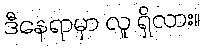
ဒီနေရာမှာ လူ ရှိလား။